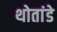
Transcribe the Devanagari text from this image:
थोतांडे